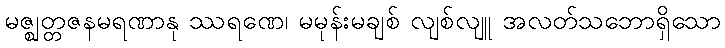
မဇ္ဈတ္တဇနမရဏာနု ဿရဏေ၊ မမုန်းမချစ် လျစ်လျူ အလတ်သဘောရှိသော